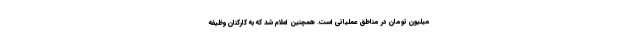
میلیون تومان در مناطق عملیاتی است. همچنین اعلام شد که به کارکنان وظیفه